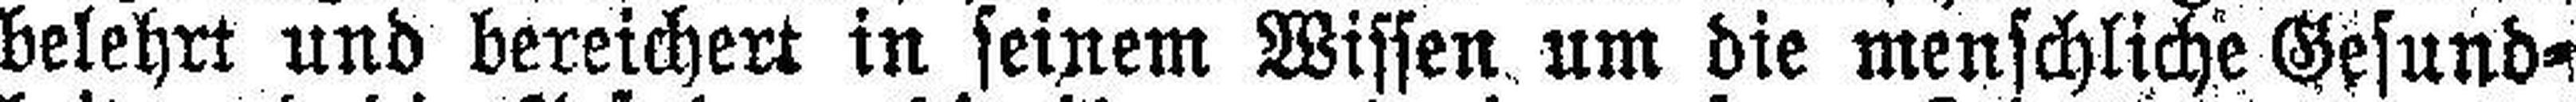
belehrt und bereichert in seinem Wissen um die menschliche Gesund¬